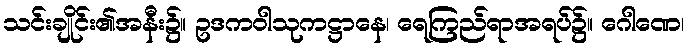
သင်းချိုင်း၏အနီး၌။ ဥဒကဝါသုကဋ္ဌာနေ၊ ရေကြည်ရာအရပ်၌။ ဂေါဏေ၊